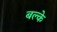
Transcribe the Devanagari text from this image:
बल्के